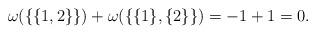
LaTeX: \begin{align*}\omega(\{\{1,2\}\}) + \omega(\{\{1\},\{2\}\}) = -1 + 1 = 0.\end{align*}